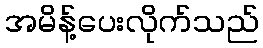
အမိန့်ပေးလိုက်သည်